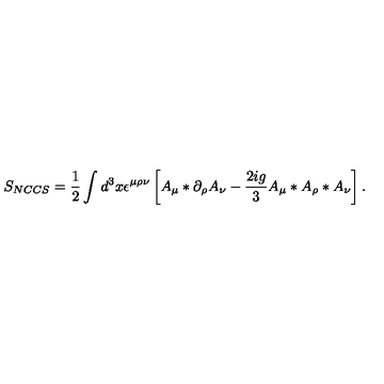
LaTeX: S _ { N C C S } = \frac { 1 } { 2 } \int d ^ { 3 } x \epsilon ^ { \mu \rho \nu } \left[ A _ { \mu } \ast \partial _ { \rho } A _ { \nu } - \frac { 2 i g } { 3 } A _ { \mu } \ast A _ { \rho } \ast A _ { \nu } \right] .